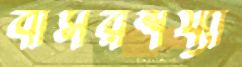
বাসরশয্যা